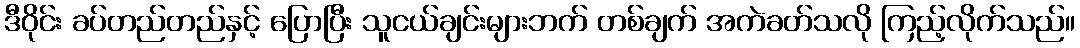
ဒီဝိုင်း ခပ်တည်တည်နှင့် ပြောပြီး သူငယ်ချင်းများဘက် တစ်ချက် အကဲခတ်သလို ကြည့်လိုက်သည်။